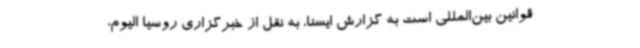
قوانین بین‌المللی است به گزارش ایسنا، به نقل از خبرگزاری روسیا الیوم،